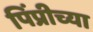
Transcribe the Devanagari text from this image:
पिंप्रीच्या